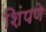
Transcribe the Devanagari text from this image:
शिंपणे